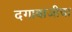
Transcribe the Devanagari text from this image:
दगाबाजीचा